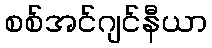
စစ်အင်ဂျင်နီယာ